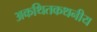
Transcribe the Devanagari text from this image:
अकथितकथनीय